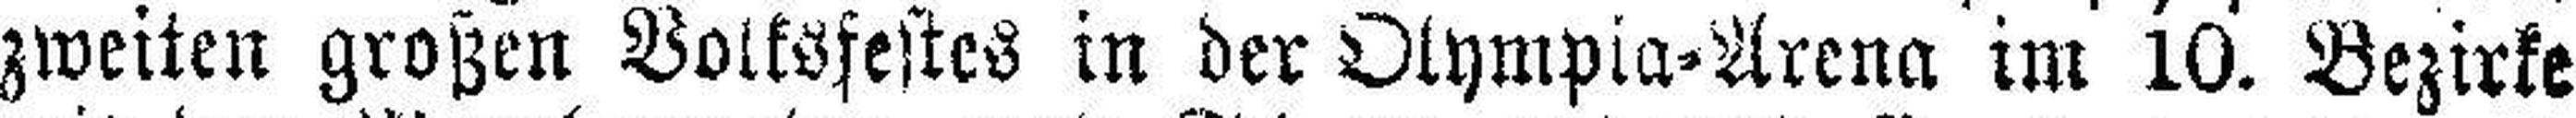
zweiten großen Volksfestes in der Olympia-Arena im 10. Bezirke